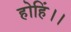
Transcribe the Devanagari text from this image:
होहिं।।